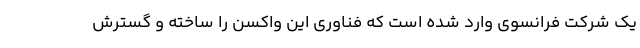
یک شرکت فرانسوی وارد شده است که فناوری این واکسن را ساخته و گسترش